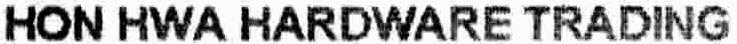
HON HWA HARDWARE TRADING